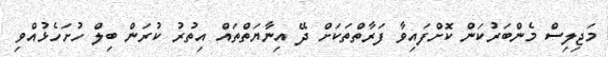
މަޖިލިސް މެންބަރުކަން ކޮށްފައިވާ ފަރާތްތަކަށް ދޭ އިނާޔަތްތައް އިތުރު ކުރަން ބިލް ހުށަހެޅުއްވި